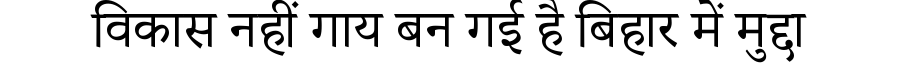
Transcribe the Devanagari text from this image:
विकास नहीं गाय बन गई है बिहार में मुद्दा